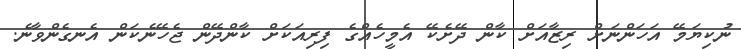
ނުކިޔަމޭ އަހަންނަށް ރިޒާއަށް ކާން ދޭށެކޭ އެމީހެއްގެ ފިރިއަކަށް ކާންދޭން ޖެހޭނެކަން އެނގެންވާނެ.